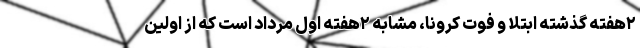
۲هفته گذشته ابتلا و فوت کرونا، مشابه ۲هفته اول مرداد است که از اولین